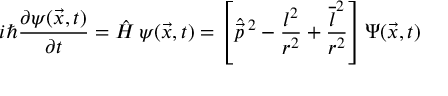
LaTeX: i \hbar { \frac { \partial \psi ( \vec { x } , t ) } { \partial t } } = \hat { H } \, \psi ( \vec { x } , t ) = \left[ \hat { \vec { p } } \, \sp 2 - { \frac { l ^ { 2 } } { r ^ { 2 } } } + { \frac { \overline { { { l } } } \sp 2 } { r ^ { 2 } } } \right] \Psi ( \vec { x } , t )